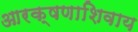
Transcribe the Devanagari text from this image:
आरक्षणाशिवाय